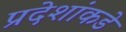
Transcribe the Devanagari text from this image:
प्रदेशांकडे